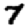
Digit: 7